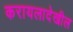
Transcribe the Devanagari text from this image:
करायलादेखील